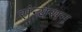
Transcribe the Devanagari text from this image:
संन्यसन